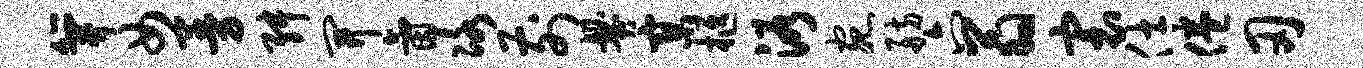
笄女曼舛开氤冰前爨寥柩浴宛舫六翁寰仕倦刃